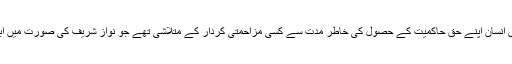
امر واقعہ بھی یہی ہے کہ پاکستان کی حدود میں بسنے والے کروڑوں انسان اپنے حق حاکمیت کے حصول کی خاطر مدت سے کسی مزاحمتی کردار کے متلاشی تھے جو نواز شریف کی صورت میں ابھر کے سامنے آیا تو لوگ دیوانہ وار اسکے اردگرد جمع ہونے لگے۔